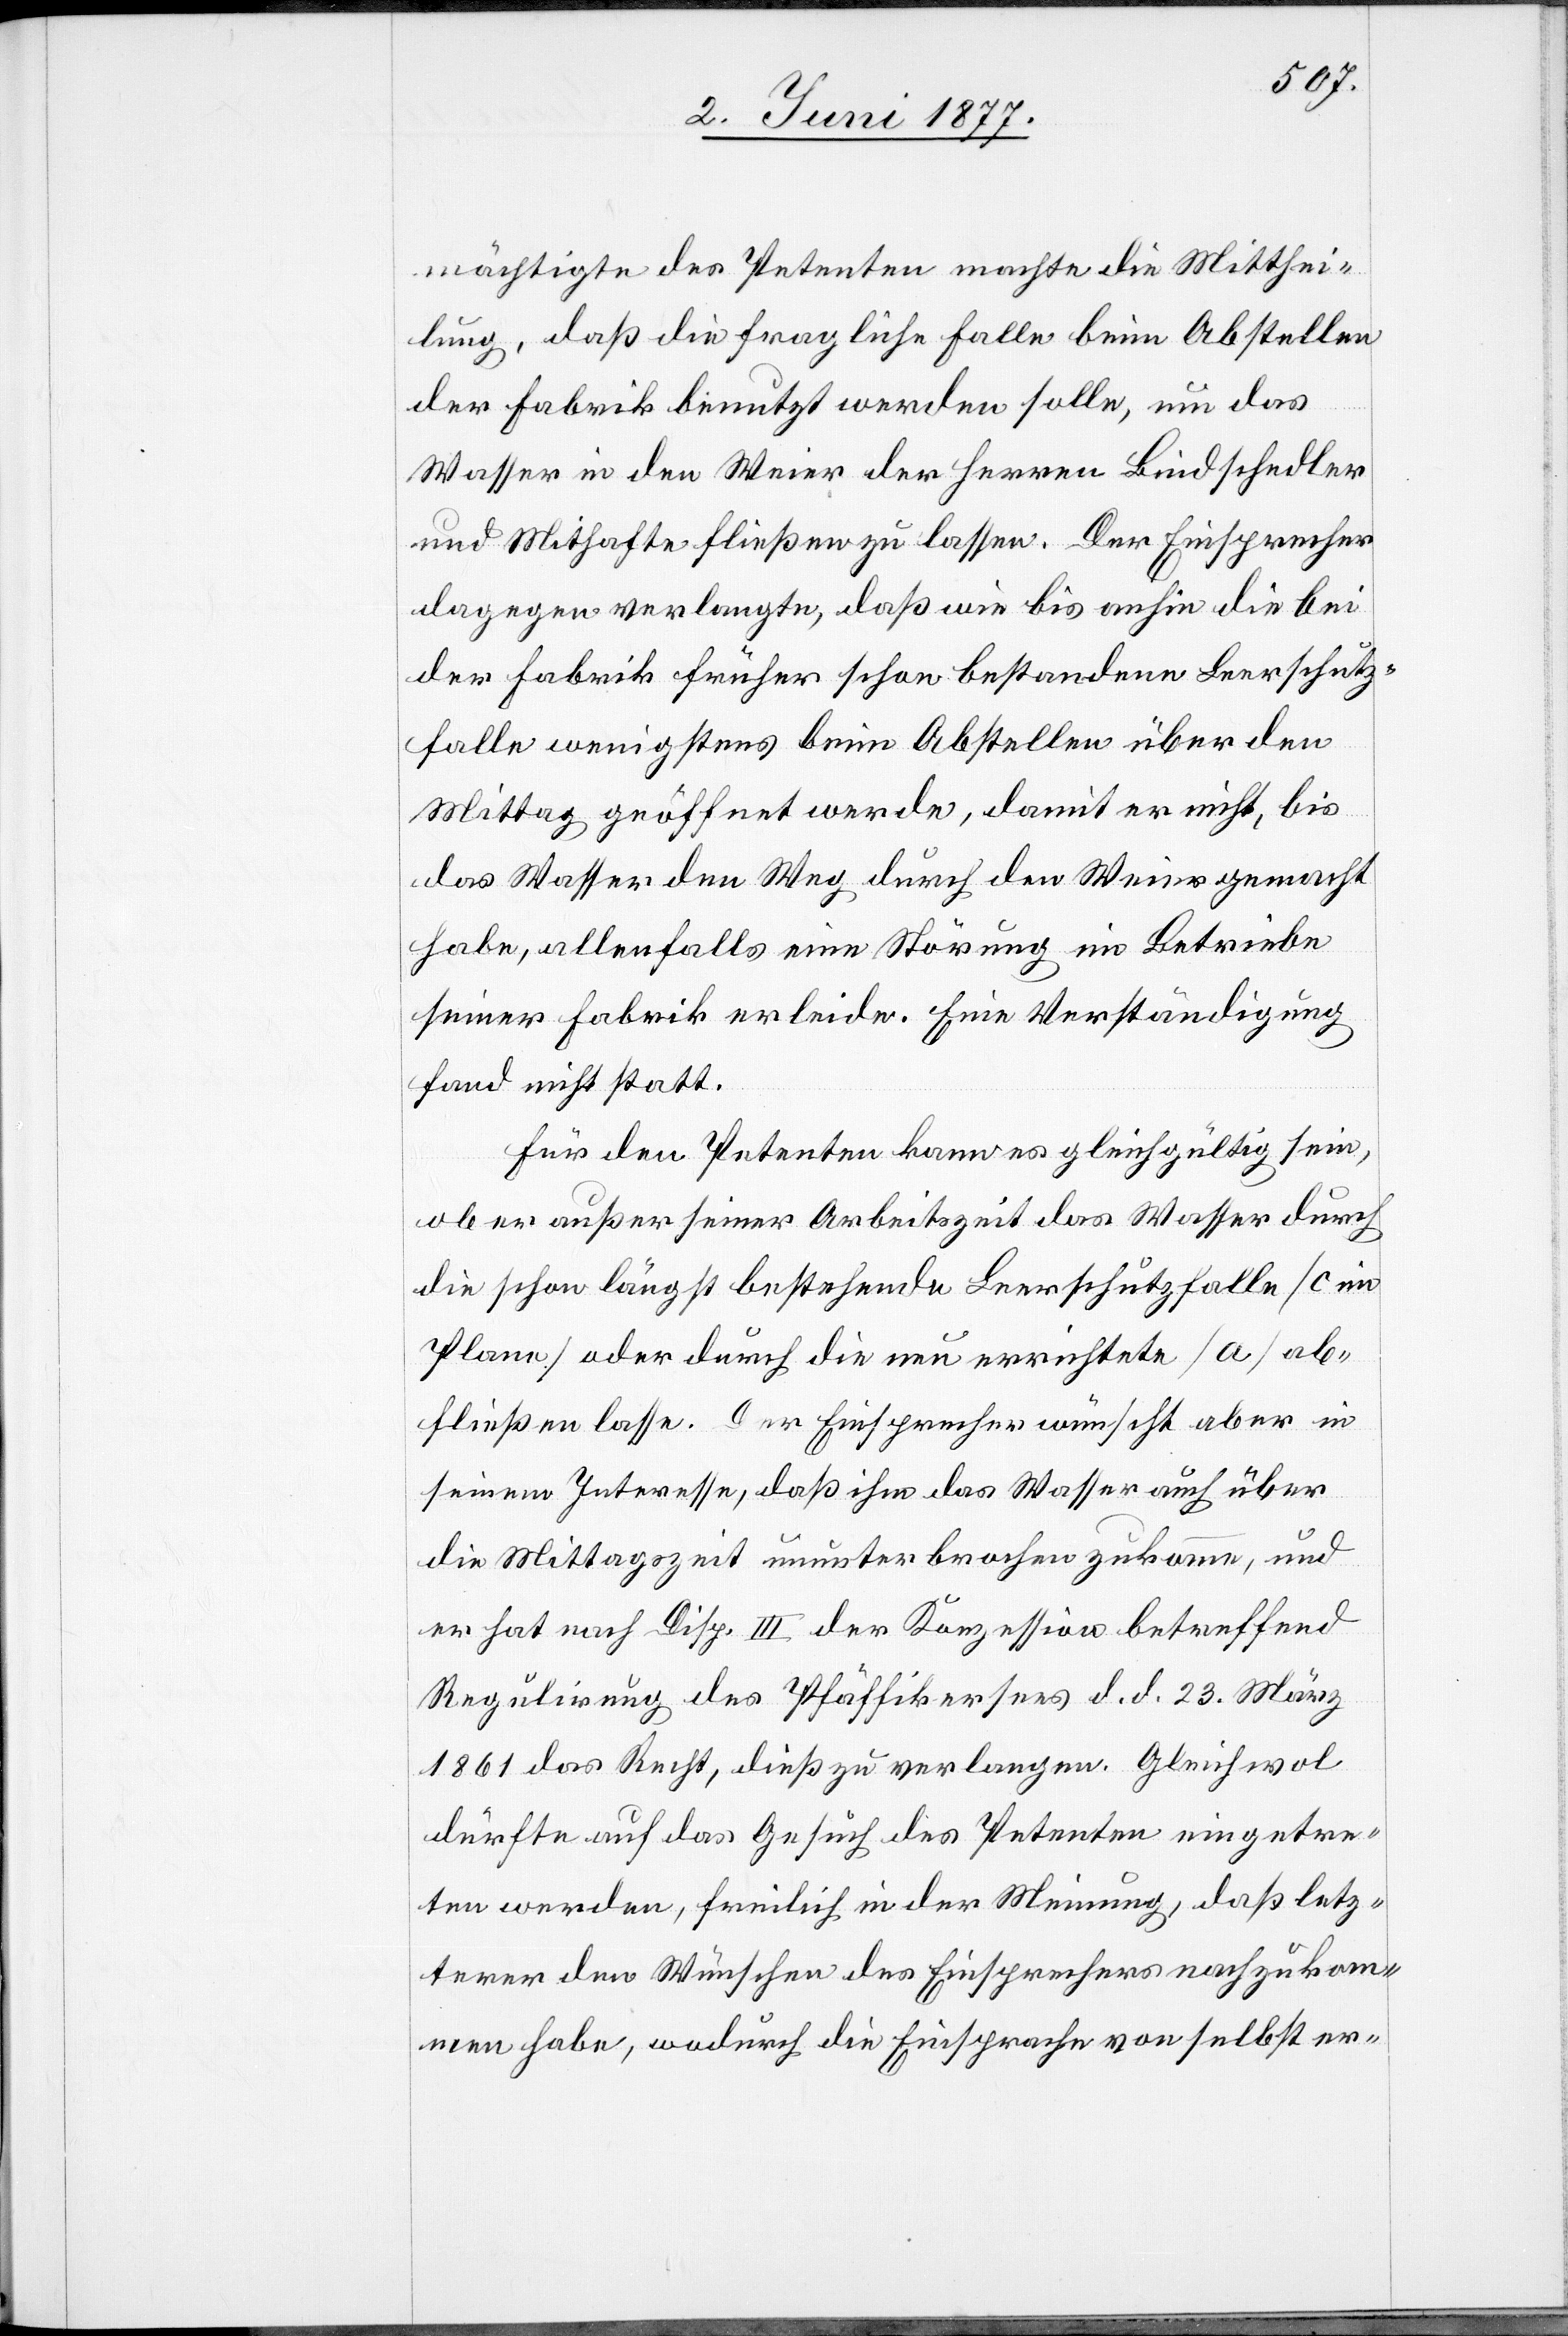
mächtigte des Petenten machte die Mitthei¬
lung, daß die fragliche Falle beim Abstellen
der Fabrik benutzt werden solle, um das
Wasser in den Weier der Herren Bindschedler
und Mithafte fließen zu lassen. Der Einsprecher
dagegen verlangte, daß wie bis anhin die bei
der Fabrik früher schon bestandene Leerschutz¬
falle wenigstens beim Abstellen über den
Mittag geöffnet werde, damit er nicht, bis
das Wasser den Weg durch den Weier gemacht
habe, allenfalls eine Störung im Betriebe
seiner Fabrik erleide. Eine Verständigung
fand nicht statt.
Für den Petenten kann es gleichgültig sein,
ob er außer seiner Arbeitszeit das Wasser durch
die schon längst bestehende Leerschutzfalle [c im
Plane] oder durch die neu errichtete [a] ab¬
fließen lasse. Der Einsprecher wünscht aber in
seinem Interesse, daß ihm das Wasser auch über
die Mittagszeit ununterbrochen zukomme, und
er hat nach Disp. III der Konzession betreffend
Regulirung des Pfäffikersees d, d. 23. März
1861 das Recht, dieß zu verlangen. Gleichwol
dürfe auf das Gesuch des Petenten eingetre¬
ten werden, freilich in der Meinung, daß letz¬
terer den Wünschen des Einsprechers nachzukom¬
men habe, wodurch die Einsprache von selbst er-